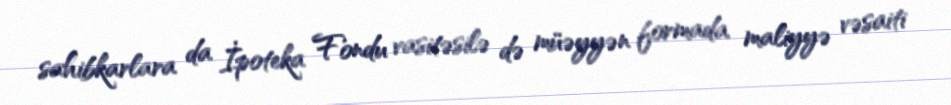
sahibkarlara da İpoteka Fondu vasitəsilə də müəyyən formada maliyyə vəsaiti